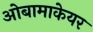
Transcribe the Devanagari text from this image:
ओबामाकेयर